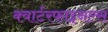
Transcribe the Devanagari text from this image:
क्वार्टरफाइनल्स